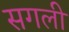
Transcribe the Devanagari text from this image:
सगली